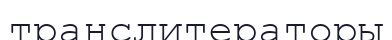
транслитераторы